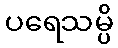
ပရေသမ္ပိ